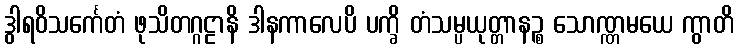
ဒွါရဝိသင်္ကေတံ ဖုသိတဂ္ဂဠာနိ ဒါနကာလေပိ ပက္ခိ တံသမ္ပယုတ္တာနဉ္စ သောဏ္ဏမယေ ကွာတိ